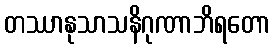
တဿာနုသာသနိဂုဏာဘိရတော